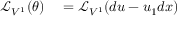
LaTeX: \begin{array} { r l r l } { { \mathcal { L } } _ { V ^ { 1 } } ( \theta ) } & { { } = { \mathcal { L } } _ { V ^ { 1 } } ( d u - u _ { 1 } d x ) } \end{array}